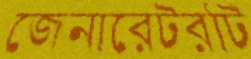
জেনারেটরটি